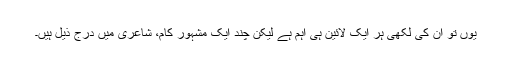
یُوں تو اُن کی لکھی ہر ایک لائین ہی اہم ہے لیکن چند ایک مشہور کام، شاعری میں درج ذیل ہیں۔